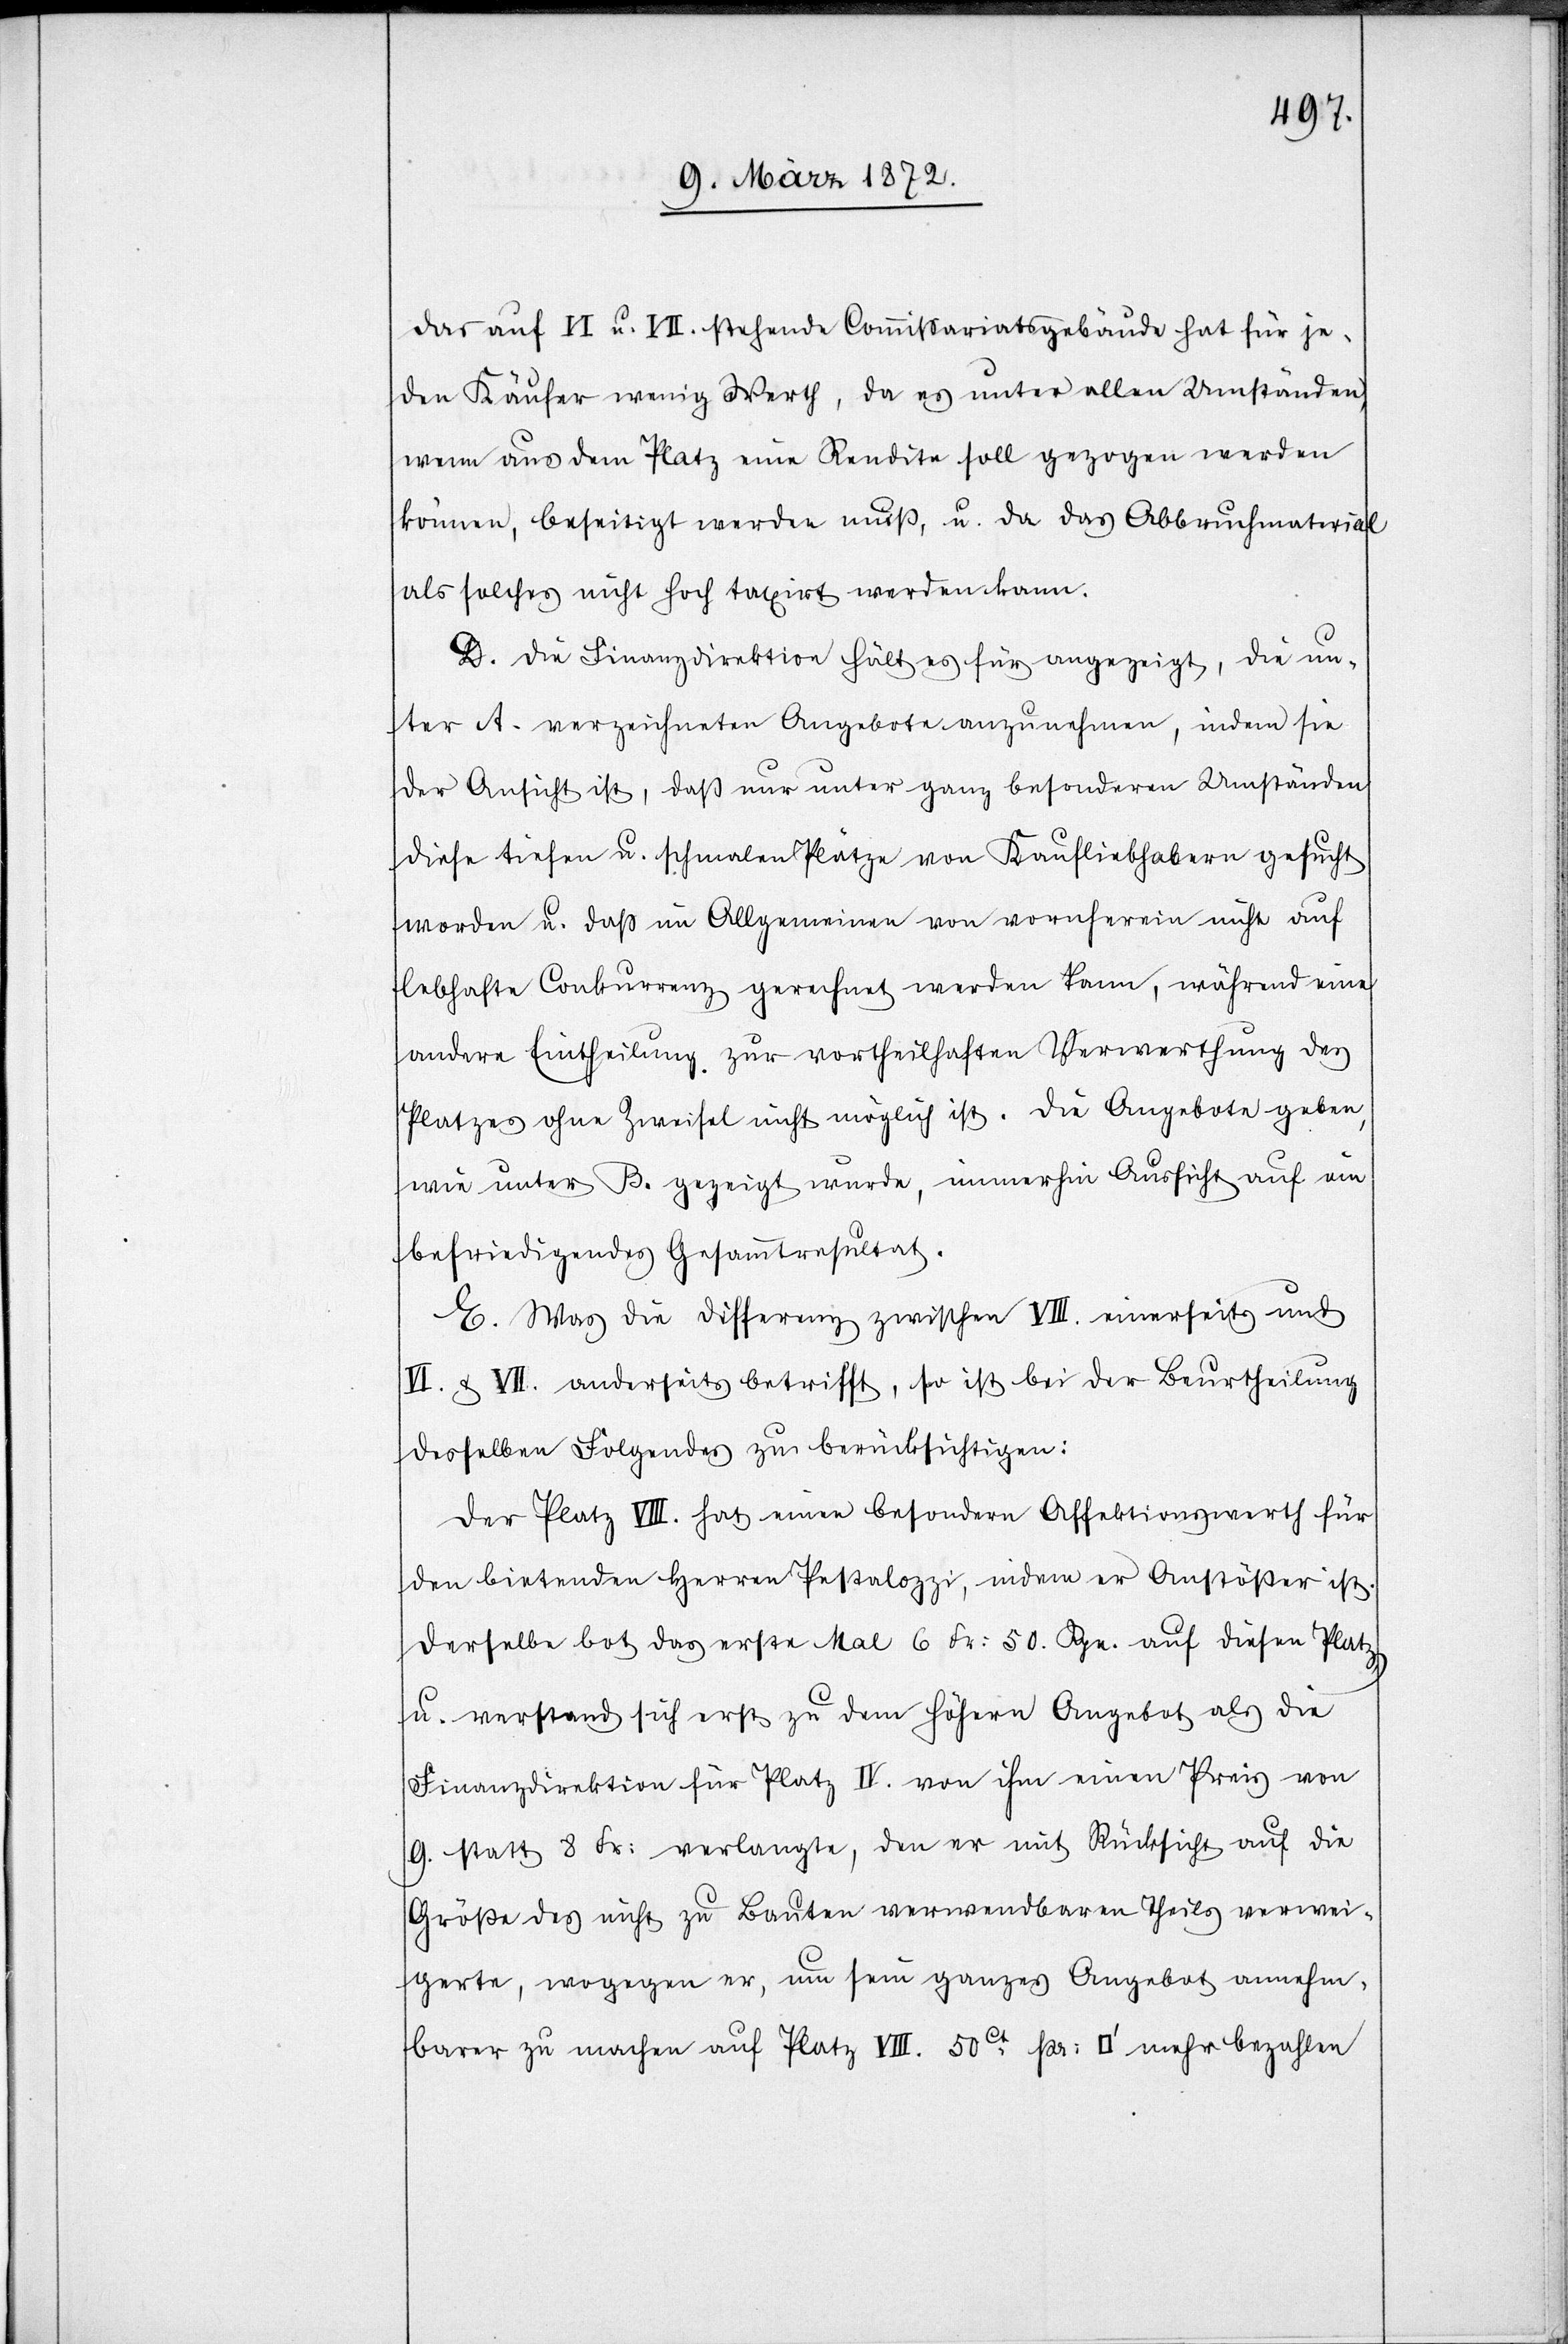
Das auf VI. u. VII. stehende Commissariatsgebäude hat für je¬
den Käufer wenig Werth, da es unter allen Umständen,
wenn aus dem Platz eine Rendite soll gezogen werden
können, beseitigt werden muß, u. da das Abbruchmaterial
als solches nicht hoch taxirt werden kann.
D. Die Finanzdirektion hält es für angezeigt, die un¬
ter A. verzeichneten Angebote anzunehmen, indem sie
der Ansicht ist, daß nur unter ganz besonderen Umständen
diese tiefen u. schmalen Plätze von Kaufliebhabern gesucht
worden u. daß im Allgemeinen von vornherein nicht auf
lebhafte Conkurrenz gerechnet werden kann, während eine
andere Eintheilung zur vortheilhaften Verwerthung des
Platzes ohne Zweifel nicht möglich ist. Die Angebote geben,
wie unter B. gezeigt wurde, immerhin Aussicht auf ein
befriedigendes Gesammtresultat.
E. Was die Differenz zwischen VIII. einerseits und
VI. u. VII. anderseits betrifft, so ist bei der Beurtheilung
desselben Folgendes zu berücksichtigen:
Der Platz VIII. hat einen besondern Affektionswerth für
den bietenden Herren Pestalozzi, indem er Anstößer ist.
Derselbe bot das erste Mal 6 Fr: 50. Rpn. auf diesen Platz
u. verstand sich erst zu dem höhern Angebot als die
Finanzdirektion für Platz IV. von ihm einen Preis von
9. statt 8 Fr: verlangte, den er mit Rücksicht auf die
Größe des nicht zu Bauten verwendbaren Theils verwei¬
gerte, wogegen er, um sein ganzes Angebot annehm¬
barer zu machen auf Platz VIII. 50ct pr. [Quadratfuss] mehr bezahlen